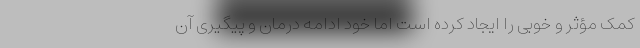
کمک مؤثر و خوبی را ایجاد کرده است اما خود ادامه درمان و پیگیری آن